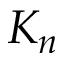
K _ { n }